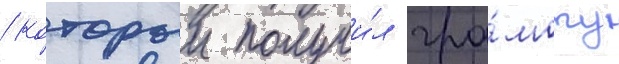
/ которыи получи́л гра́моту